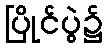
ပြိုင်ပွဲ၌